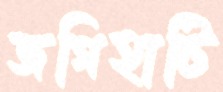
জগিহাটি